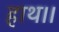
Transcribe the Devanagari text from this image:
हाथ।।